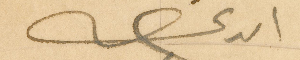
الداعي